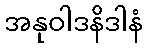
အနုဝါဒနိဒါနံ